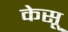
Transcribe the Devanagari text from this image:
केसू